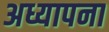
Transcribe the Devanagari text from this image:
अध्यापना